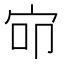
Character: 𰌺